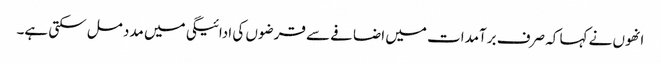
انھوں نے کہا کہ صرف برآمدات میں اضافے سے قرضوں کی ادائیگی میں مدد مل سکتی ہے۔